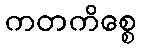
ကတကိစ္စေ